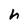
Character: h